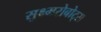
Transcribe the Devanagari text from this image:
सुक्ष्मरोबोट्स